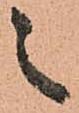
之